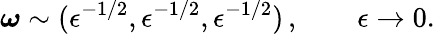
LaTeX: \boldsymbol{\omega}\sim(\epsilon^{-1/2},\epsilon^{-1/2},\epsilon^{-1/2})\, ,\qquad\epsilon\to 0.